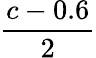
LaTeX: \frac{c-0.6}{2}